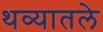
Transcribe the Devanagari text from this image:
थव्यातले